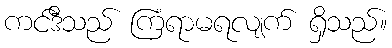
ကင်ဒီသည် ကြံရာမရလျက် ရှိသည်။